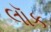
લૉક